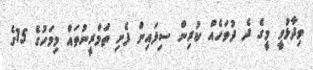
ވިދާޅުވީ މީގެ ދެ ދުވަހެއް ކުރިން ސިފައިން ފެށި ތަމްރީނުތައް މިމަހުގެ 15ގެ